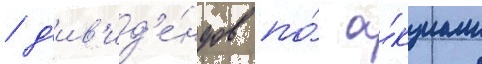
/ д'ив'ид'е́ндов по́ а́кциам